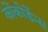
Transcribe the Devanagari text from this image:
कोंकोर्डेन्स